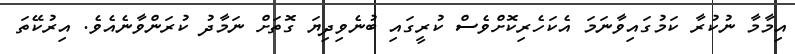
އިމާމާ ނުކުރާ ކަމުގައިވާނަމަ އެކަހެރިކޮށްވެސް ކުރީގައި ބުނެވިދިޔަ ގޮތަށް ނަމާދު ކުރަންވާނެއެވެ. އިރުކޭތަ